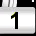
Digit: 1